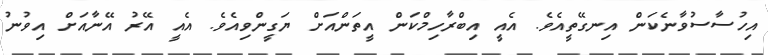
އިހުސާސުވާނެކަން އިނގޭތީއެވެ. އެއީ އިބްރާހިމްކަން އީތަންއަށް ޔަގީންވިއެވެ. އެއީ އޭރު އޭނާއަށް އިވުނު